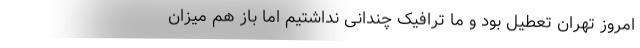
امروز تهران تعطیل بود و ما ترافیک چندانی نداشتیم اما باز هم میزان